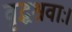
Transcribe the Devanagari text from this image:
वृद्धश्रवाः।